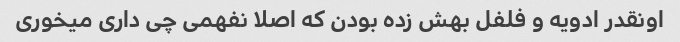
اونقدر ادویه و فلفل بهش زده بودن که اصلا نفهمی چی داری میخوری